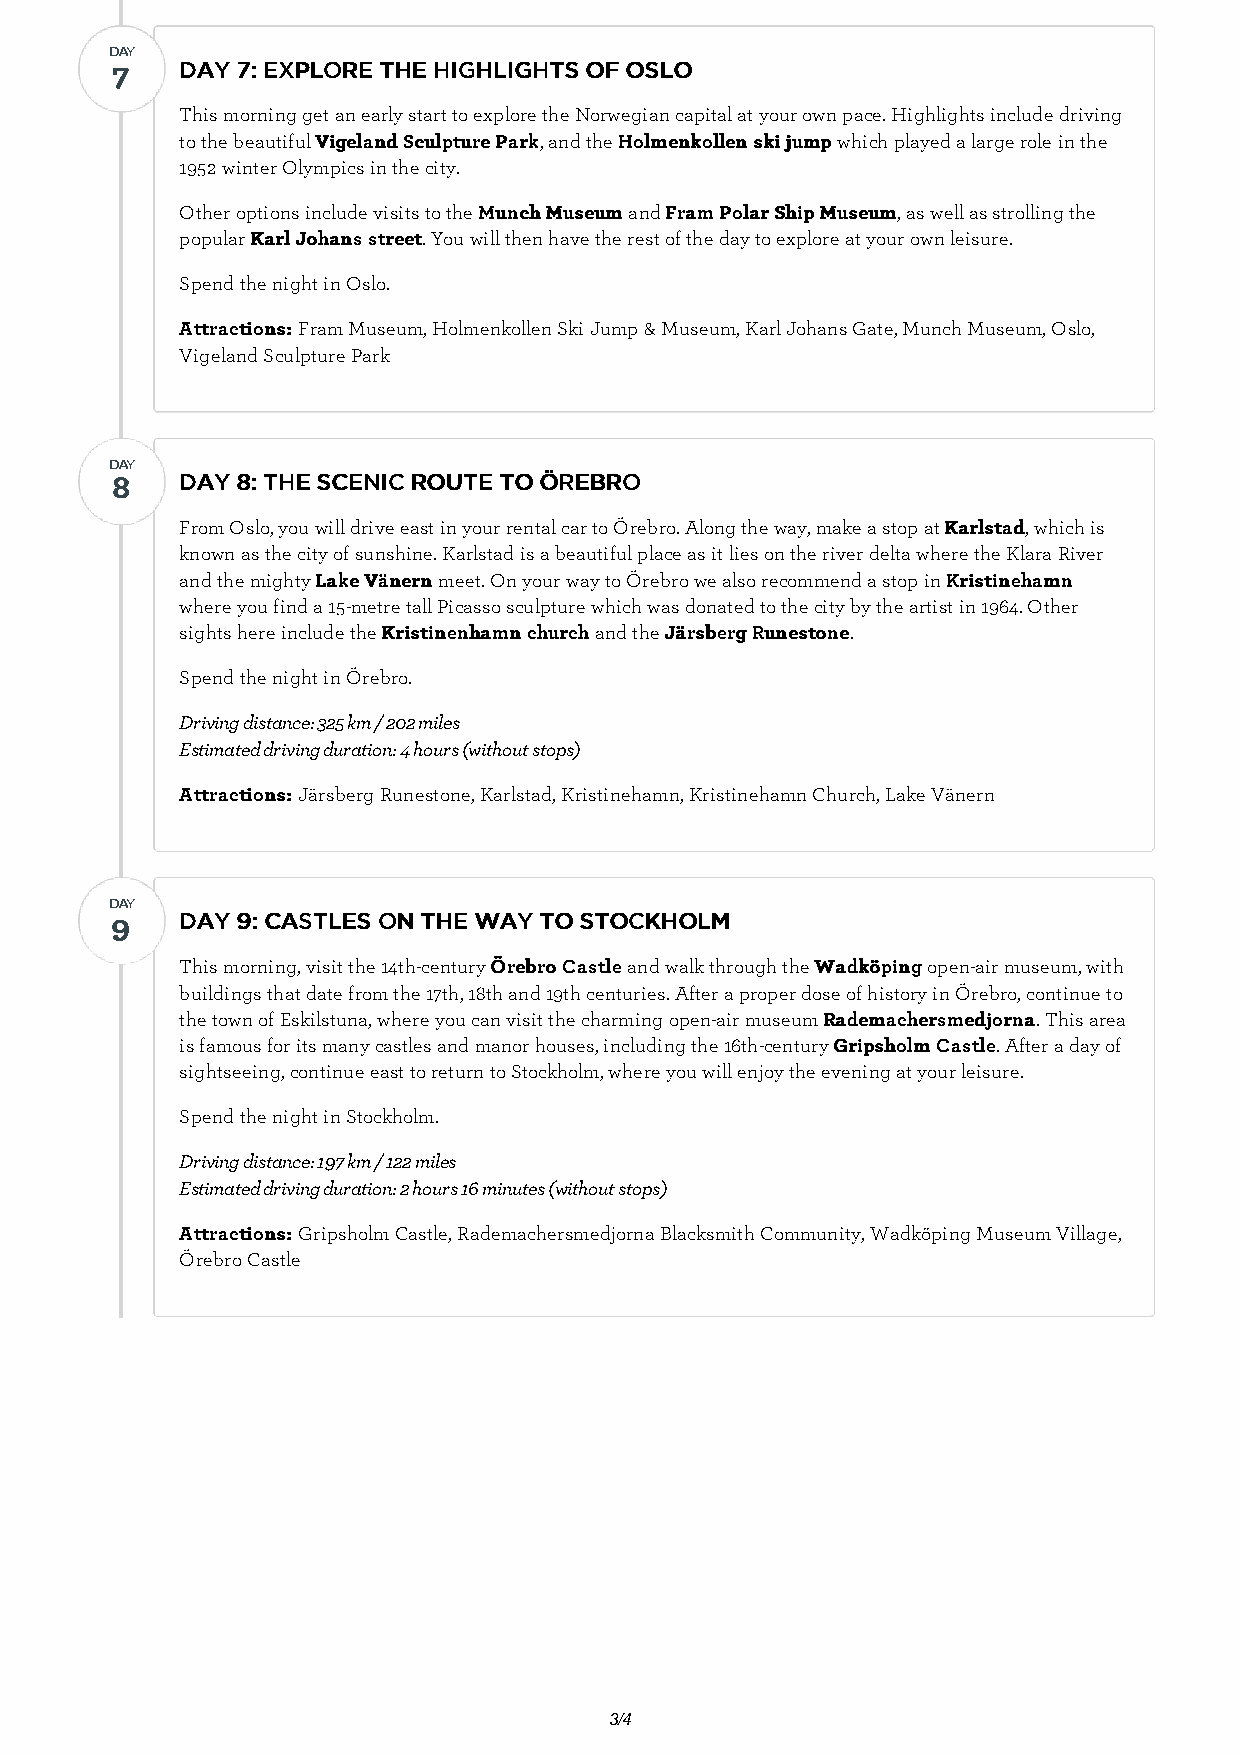
DDAAYY
 77   DDAAYY 77:: EEXXPPLLOORREE TTHHEE HHIIGGHHLLIIGGHHTTSS OOFF OOSSLLOO
 This morning get an early start to explore the Norwegian capital at your own pace. Highlights include driving
 to the beautiful VViiggeellaanndd SSccuullppttuurree PPaarrkk, and the HHoollmmeennkkoolllleenn sskkii jjuummpp which played a large role in the
 1952 winter Olympics in the city.
 Other options include visits to the MMuunncchh MMuusseeuumm and FFrraamm PPoollaarr SShhiipp MMuusseeuumm, as well as strolling the
 popular KKaarrll JJoohhaannss ssttrreeeett. You will then have the rest of the day to explore at your own leisure.
 Spend the night in Oslo.
 AAttttrraaccttiioonnss:: Fram Museum, Holmenkollen Ski Jump & Museum, Karl Johans Gate, Munch Museum, Oslo,
 Vigeland Sculpture Park
 DDAAYY
 88   DDAAYY 88:: TTHHEE SSCCEENNIICC RROOUUTTEE TTOO ÖÖRREEBBRROO
 From Oslo, you will drive east in your rental car to Örebro. Along the way, make a stop at KKaarrllssttaadd, which is
 known as the city of sunshine. Karlstad is a beautiful place as it lies on the river delta where the Klara River
 and the mighty LLaakkee VVäänneerrnn meet. On your way to Örebro we also recommend a stop in KKrriissttiinneehhaammnn
 where you find a 15-metre tall Picasso sculpture which was donated to the city by the artist in 1964. Other
 sights here include the KKrriissttiinneennhhaammnn cchhuurrcchh and the JJäärrssbbeerrgg RRuunneessttoonnee.
 Spend the night in Örebro.
 Driving distance: 325 km / 202 miles
 Estimated driving duration: 4 hours (without stops)
 AAttttrraaccttiioonnss:: Järsberg Runestone, Karlstad, Kristinehamn, Kristinehamn Church, Lake Vänern
 DDAAYY
 99   DDAAYY 99:: CCAASSTTLLEESS OONN TTHHEE WWAAYY TTOO SSTTOOCCKKHHOOLLMM
 This morning, visit the 14th-century ÖÖrreebbrroo CCaassttllee and walk through the WWaaddkkööppiinngg open-air museum, with
 buildings that date from the 17th, 18th and 19th centuries. After a proper dose of history in Örebro, continue to
 the town of Eskilstuna, where you can visit the charming open-air museum RRaaddeemmaacchheerrssmmeeddjjoorrnnaa. This area
 is famous for its many castles and manor houses, including the 16th-century GGrriippsshhoollmm CCaassttllee. After a day of
 sightseeing, continue east to return to Stockholm, where you will enjoy the evening at your leisure.
 Spend the night in Stockholm.
 Driving distance: 197 km / 122 miles
 Estimated driving duration: 2 hours 16 minutes (without stops)
 AAttttrraaccttiioonnss:: Gripsholm Castle, Rademachersmedjorna Blacksmith Community, Wadköping Museum Village,
 Örebro Castle
 3/4